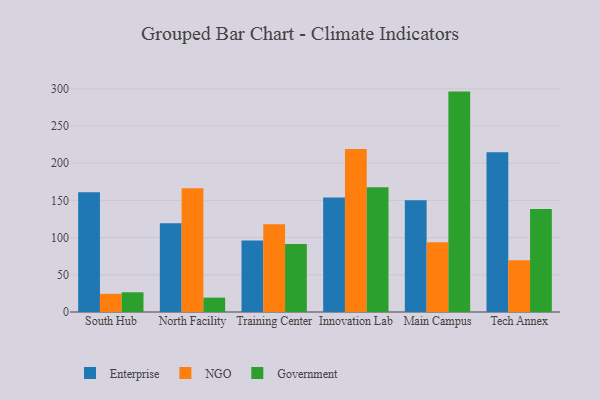
{"axis": {"x": "Campus", "y": "Temperature (°C)"}, "legend": ["Enterprise", "Government", "NGO"], "data": [{"x": "South Hub", "y": 160.8, "type": "Enterprise"}, {"x": "South Hub", "y": 24.4, "type": "NGO"}, {"x": "South Hub", "y": 26.5, "type": "Government"}, {"x": "North Facility", "y": 119.3, "type": "Enterprise"}, {"x": "North Facility", "y": 166.2, "type": "NGO"}, {"x": "North Facility", "y": 19.3, "type": "Government"}, {"x": "Training Center", "y": 96.2, "type": "Enterprise"}, {"x": "Training Center", "y": 118.0, "type": "NGO"}, {"x": "Training Center", "y": 91.3, "type": "Government"}, {"x": "Innovation Lab", "y": 154.0, "type": "Enterprise"}, {"x": "Innovation Lab", "y": 219.0, "type": "NGO"}, {"x": "Innovation Lab", "y": 167.7, "type": "Government"}, {"x": "Main Campus", "y": 150.1, "type": "Enterprise"}, {"x": "Main Campus", "y": 93.6, "type": "NGO"}, {"x": "Main Campus", "y": 296.2, "type": "Government"}, {"x": "Tech Annex", "y": 214.7, "type": "Enterprise"}, {"x": "Tech Annex", "y": 69.5, "type": "NGO"}, {"x": "Tech Annex", "y": 138.3, "type": "Government"}]}